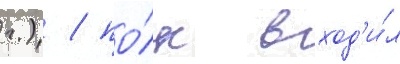
г.) / по́лк вход'и́л